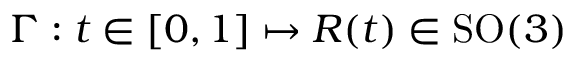
\Gamma : t \in [ 0 , 1 ] \mapsto R ( t ) \in \mathrm { S O } ( 3 )